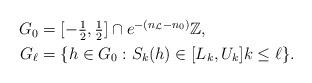
LaTeX: \begin{align*} \begin{aligned} G_0&=[-\tfrac 12,\tfrac 12]\cap e^{-(n_\mathcal L - n_0)}\mathbb Z,\\ G_{\ell} &= \{ h\in G_0 : S_{k}(h) \in[L_k, U_k] k \leq \ell \}. \end{aligned} \end{align*}